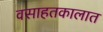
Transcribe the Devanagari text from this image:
वसाहतकालात